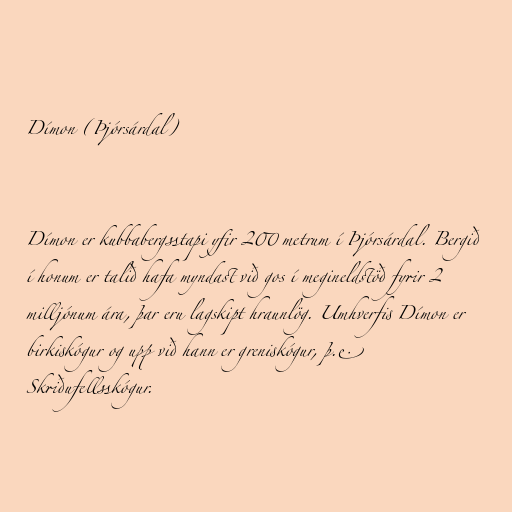
Dímon (Þjórsárdal)

Dímon er kubbabergsstapi yfir 200 metrum í Þjórsárdal. Bergið
í honum er talið hafa myndast við gos í megineldstöð fyrir 2
milljónum ára, þar eru lagskipt hraunlög. Umhverfis Dímon er
birkiskógur og upp við hann er greniskógur, þ.e.
Skriðufellsskógur.